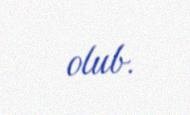
olub.